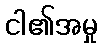
ငါ၏အမှု